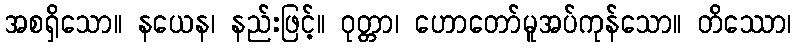
အစရှိသော။ နယေန၊ နည်းဖြင့်။ ဝုတ္တာ၊ ဟောတော်မူအပ်ကုန်သော။ တိဿော၊